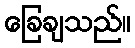
ခြေချသည်။